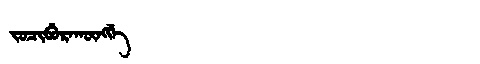
Manchu: ᠵᠣᠴᡳᠪᡠᡵᠠᡴᡡᠩᡤᡝ
Romanization: JOCIBURAKŪNGGE